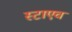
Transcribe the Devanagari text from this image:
स्टाएच